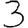
Digit: 3